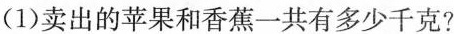
(1)卖出的苹果和香蕉一共有多少千克?